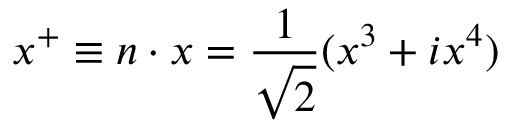
x ^ { + } \equiv n \cdot x = \frac { 1 } { \sqrt { 2 } } ( x ^ { 3 } + i x ^ { 4 } )